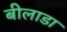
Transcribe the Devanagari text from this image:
बीलाडा